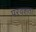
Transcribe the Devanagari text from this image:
परवशता